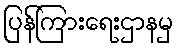
ပြန်ကြားရေးဌာနမှ